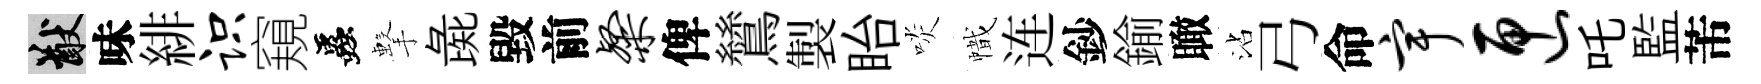
猷味緋识窺蟲擊彘毀前粲俾鷥製眙啖幟连鈔鍮瞰沾弓命宇匣吒監芾